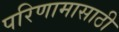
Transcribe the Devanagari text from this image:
परिणामासाठी